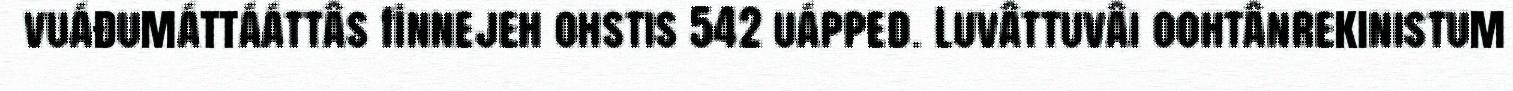
vuáđumáttááttâs finnejeh ohstis 542 uápped. Luvâttuvâi oohtânrekinistum